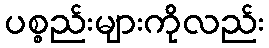
ပစ္စည်းများကိုလည်း